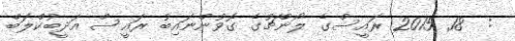
:  18